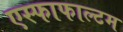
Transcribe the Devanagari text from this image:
एस्फाफाल्टम